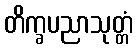
တိက္ခပညာသုတ္တံ